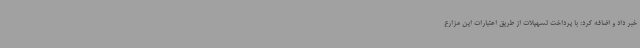
خبر داد و اضافه کرد: با پرداخت تسهیلات از طریق اعتبارات این مزارع